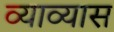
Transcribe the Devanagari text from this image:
व्याव्यास